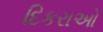
દિકરાઓ